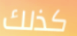
كذلك